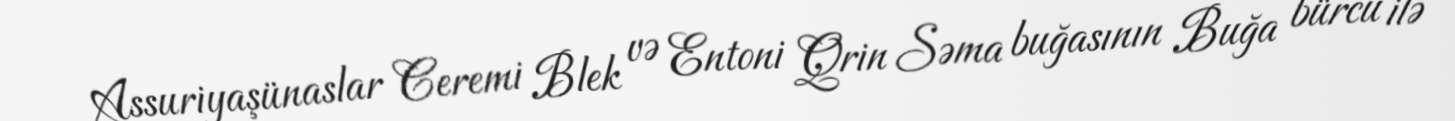
Assuriyaşünaslar Ceremi Blek və Entoni Qrin Səma buğasının Buğa bürcü ilə